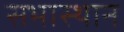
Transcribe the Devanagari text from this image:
सभास्थान